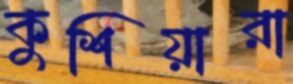
কুশিয়ারা